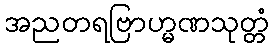
အညတရဗြာဟ္မဏသုတ္တံ